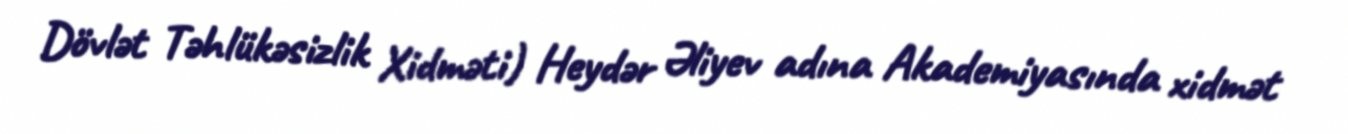
Dövlət Təhlükəsizlik Xidməti) Heydər Əliyev adına Akademiyasında xidmət